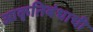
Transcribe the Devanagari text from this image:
आकृतिबंधाची